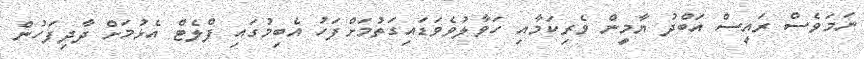
ނަމަވެސް ރައީސް އަބްދު ޔާމީން ވެރިކަމާއި ހަވާލުވެވަޑައިގަތުމަށްފަހު އެބިމުގައި ފްލެޓް އެޅުމަށް ދާދިފަހުން